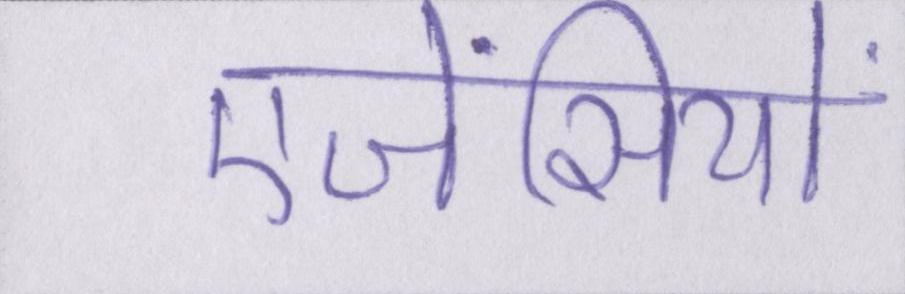
एजेंसियों